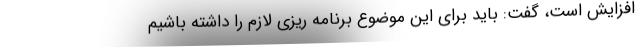
افزایش است، گفت: باید برای این موضوع برنامه ریزی لازم را داشته باشیم